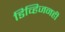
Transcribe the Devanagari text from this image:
डिव्हिजनही